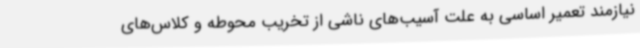
نیازمند تعمیر اساسی به علت آسیب‌های ناشی از تخریب محوطه و کلاس‌های